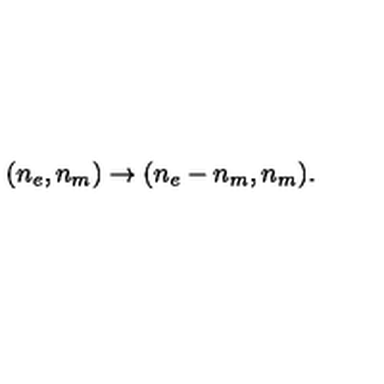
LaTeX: ( n _ { e } , n _ { m } ) \rightarrow ( n _ { e } - n _ { m } , n _ { m } ) .